Juri_Uluots, lk 17
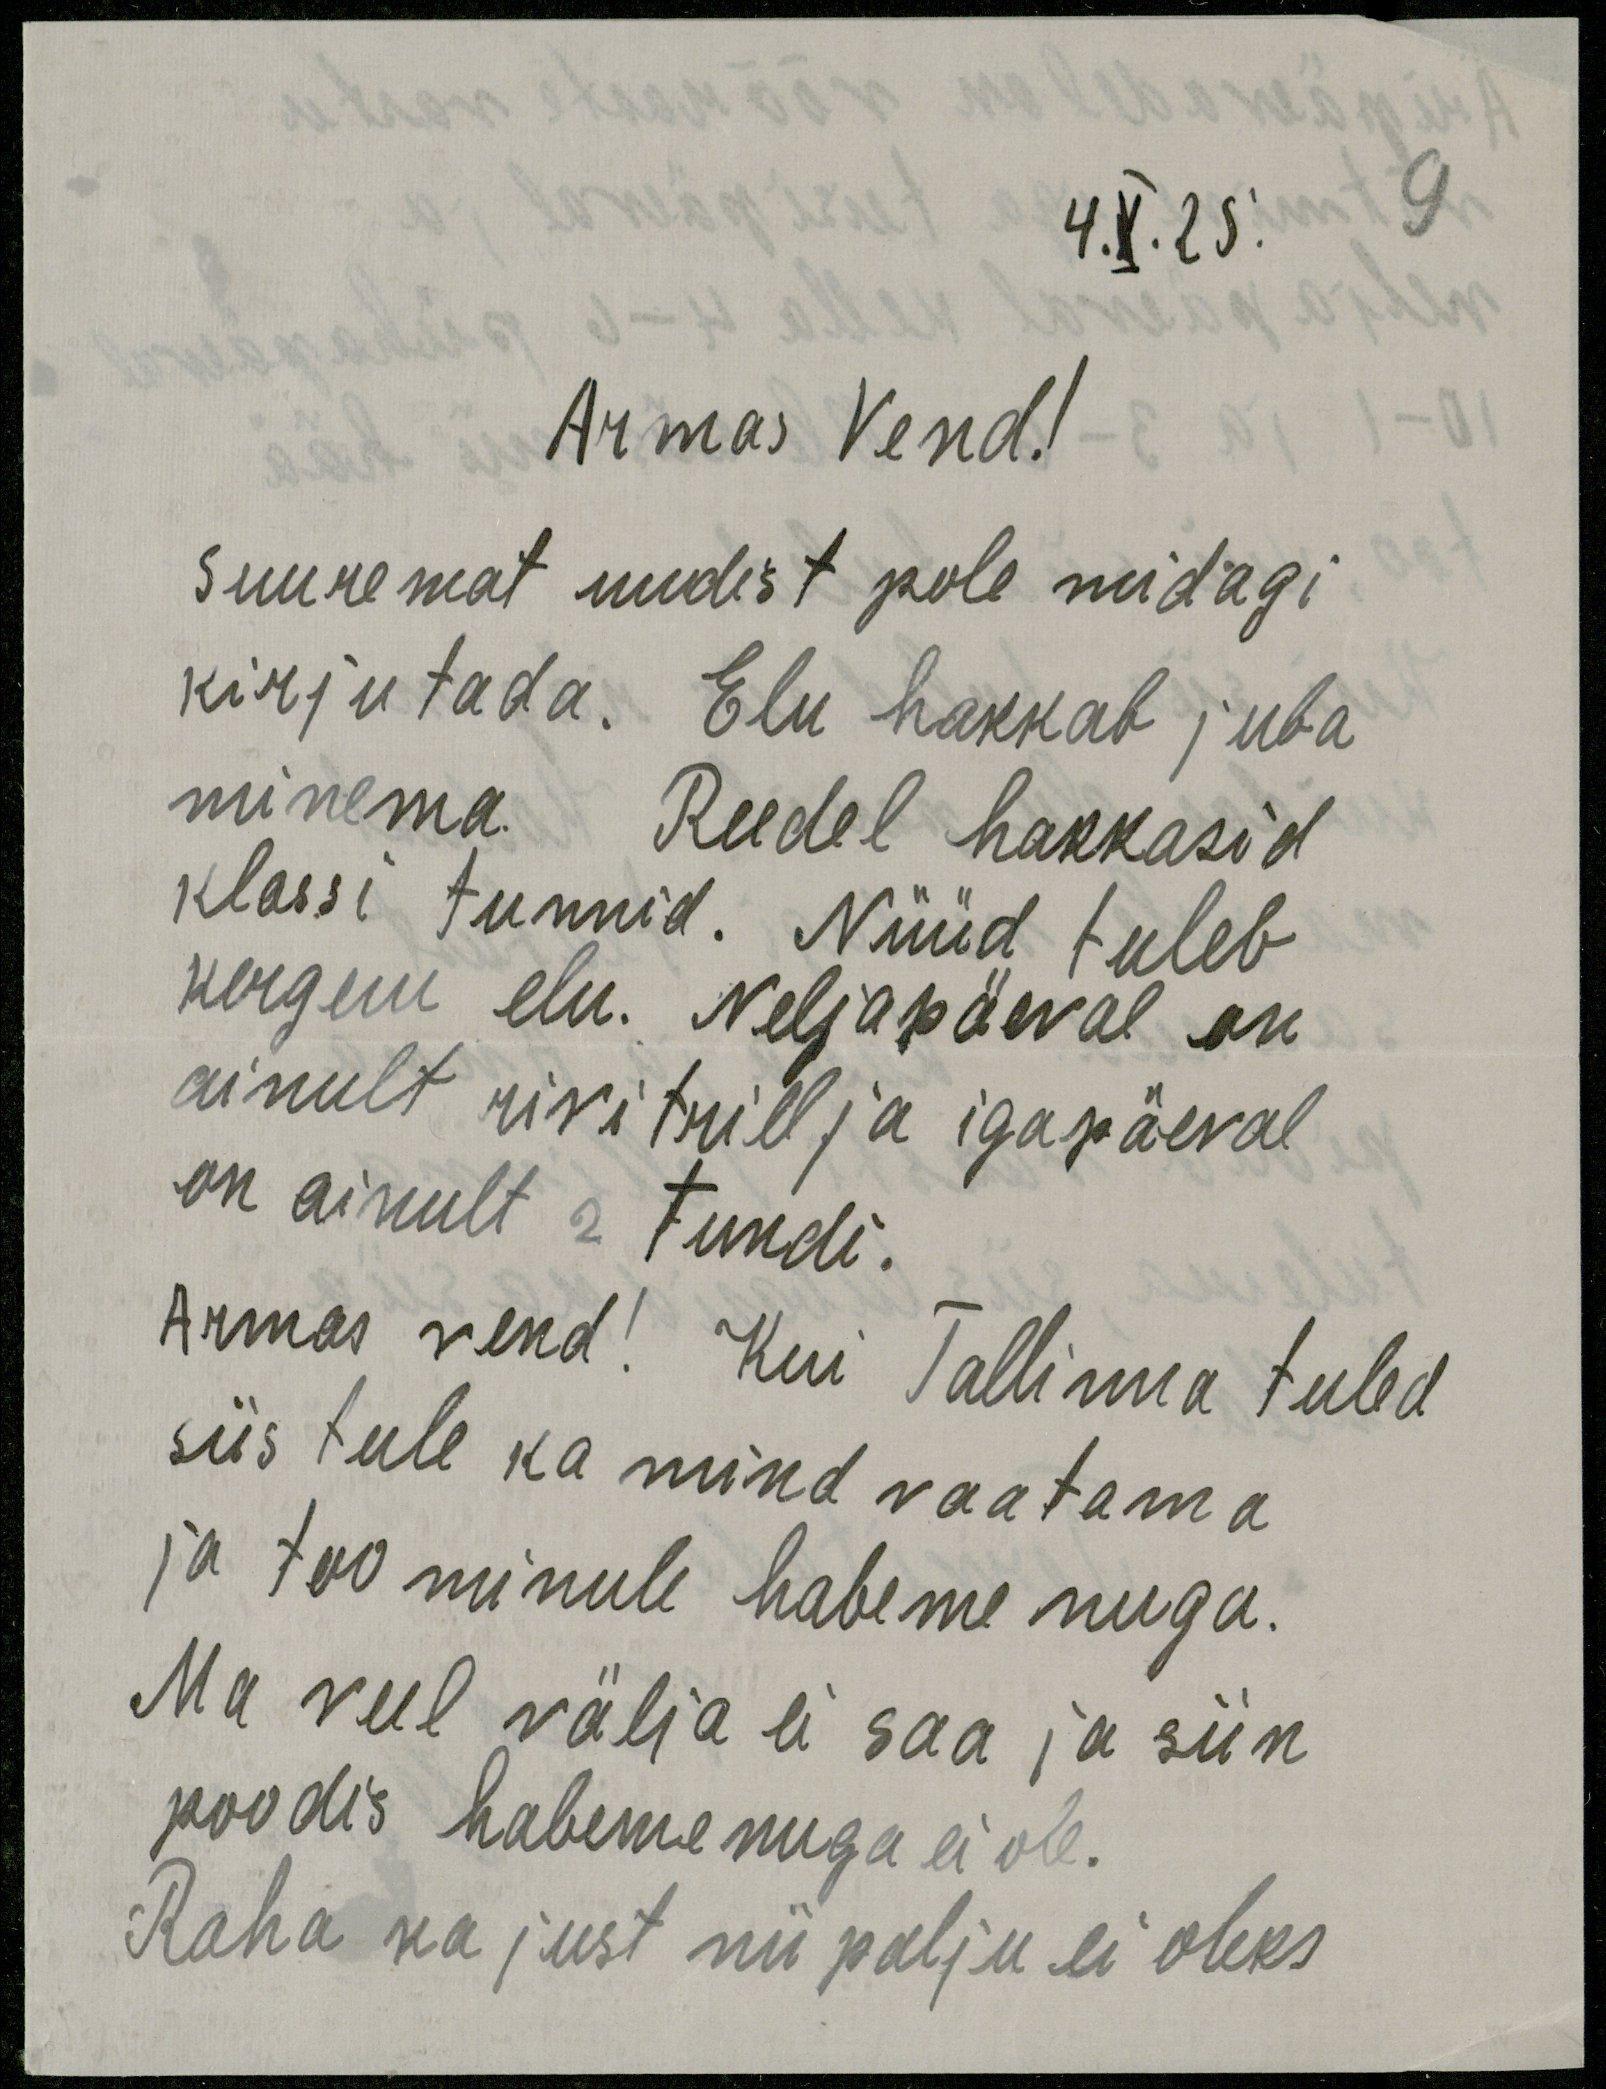
4.X.28.
Armas Vend!
Suuremat uudist pole midagi
kirjutada. Elu hakkab juba
minema. Reedel hakkasid
klassi tunnid. Nüüd tuleb
kergem elu. Neljapäeval on
ainult rivitrill ja igapäeval
on ainult 2 tundi.
Armas vend! Kui Tallinna tuled
siis tule ka mind vaatama
ja too minule habeme nuga.
Ma veel välja ei saa ja siin
poodis habeme nuga ei ole.
Raha ka just nii palju ei oleks